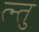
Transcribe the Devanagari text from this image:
त्न्तु